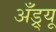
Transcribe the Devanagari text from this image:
अॅँड्र्यू